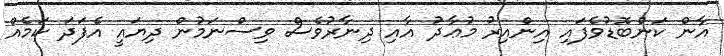
އާން ކަންބޮޑުވެފައި އިންއިރު މުޢާދު އާއި ދިނާރުވެސް ވިސްނަމުން ދިޔައީ އެފަދަ ކަމެއް